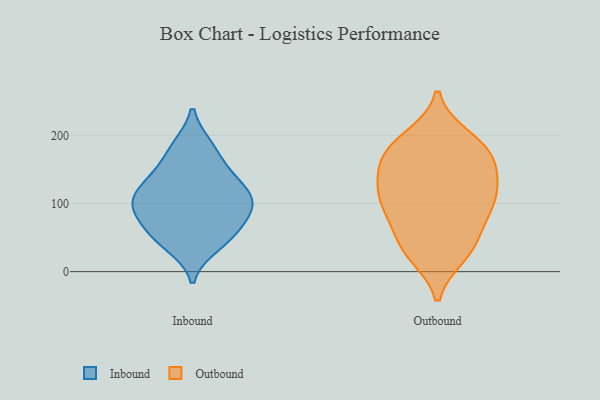
{"axis": {"x": "Operating Costs (USD K)", "y": "Value"}, "legend": ["Inbound", "Outbound"], "data": [{"x": "", "y": 39, "type": "Inbound"}, {"x": "", "y": 183, "type": "Inbound"}, {"x": "", "y": 94, "type": "Inbound"}, {"x": "", "y": 97, "type": "Inbound"}, {"x": "", "y": 181, "type": "Inbound"}, {"x": "", "y": 147, "type": "Inbound"}, {"x": "", "y": 48, "type": "Inbound"}, {"x": "", "y": 87, "type": "Inbound"}, {"x": "", "y": 96, "type": "Inbound"}, {"x": "", "y": 129, "type": "Inbound"}, {"x": "", "y": 107, "type": "Inbound"}, {"x": "", "y": 114, "type": "Inbound"}, {"x": "", "y": 57, "type": "Inbound"}, {"x": "", "y": 137, "type": "Inbound"}, {"x": "", "y": 58, "type": "Inbound"}, {"x": "", "y": 39, "type": "Outbound"}, {"x": "", "y": 177, "type": "Outbound"}, {"x": "", "y": 87, "type": "Outbound"}, {"x": "", "y": 124, "type": "Outbound"}, {"x": "", "y": 149, "type": "Outbound"}, {"x": "", "y": 180, "type": "Outbound"}, {"x": "", "y": 110, "type": "Outbound"}, {"x": "", "y": 189, "type": "Outbound"}, {"x": "", "y": 45, "type": "Outbound"}, {"x": "", "y": 107, "type": "Outbound"}, {"x": "", "y": 28, "type": "Outbound"}, {"x": "", "y": 167, "type": "Outbound"}, {"x": "", "y": 25, "type": "Outbound"}, {"x": "", "y": 149, "type": "Outbound"}, {"x": "", "y": 91, "type": "Outbound"}, {"x": "", "y": 128, "type": "Outbound"}, {"x": "", "y": 197, "type": "Outbound"}, {"x": "", "y": 83, "type": "Outbound"}]}